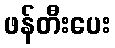
ဖန်တီးပေး